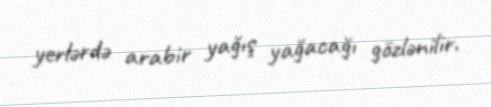
yerlərdə arabir yağış yağacağı gözlənilir.